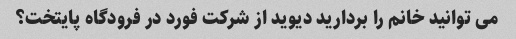
می توانید خانم را بردارید دیوید از شرکت فورد در فرودگاه پایتخت؟